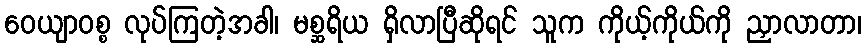
ဝေယျာဝစ္စ လုပ်ကြတဲ့အခါ၊ မစ္ဆရိယ ရှိလာပြီဆိုရင် သူက ကိုယ့်ကိုယ်ကို ညှာလာတာ၊